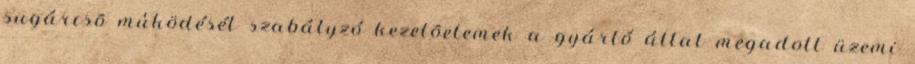
sugárcsõ mûködését szabályzó kezelõelemek a gyártó által megadott üzemi